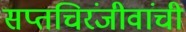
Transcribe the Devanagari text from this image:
सप्तचिरंजीवांची